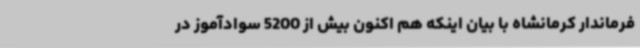
فرماندار کرمانشاه با بیان اینکه هم اکنون بیش از 5200 سوادآموز در